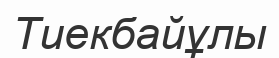
Тиекбайұлы